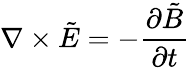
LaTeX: \nabla\times\tilde{E}=-\frac{\partial\tilde{B}}{\partial t}